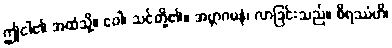
ဤငါ၏ အထံသို့။ ဝေါ၊ သင်တို့၏။ အဗ္ဘာဂမနံ၊ လာခြင်းသည်။ စိရဿံဟိ၊